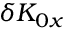
\delta K _ { 0 x }